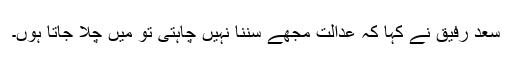
سعد رفیق نے کہا کہ عدالت مجھے سننا نہیں چاہتی تو میں چلا جاتا ہوں۔